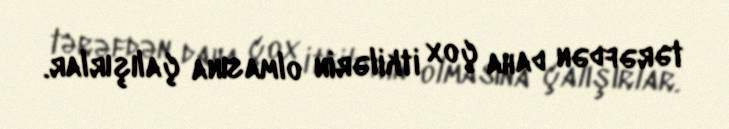
tərəfdən daha çox itkilərin olmasına çalışırlar.